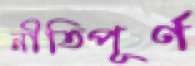
নীতিপূর্ণ